画像に写った文字を読んでください
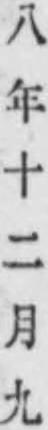
「八年十二月九」と書いてあります